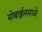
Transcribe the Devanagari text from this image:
मोबाईलमध्ये